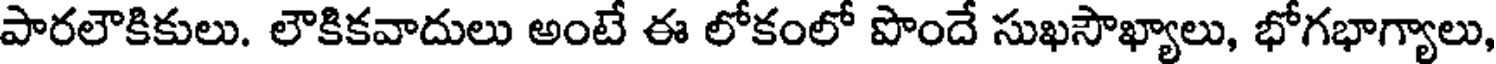
పారలౌకికులు. లౌకికవాదులు అంటే ఈ లోకంలో పొందే సుఖసౌఖ్యాలు, భోగభాగ్యాలు,